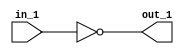
// Modelling a Inverter

module top_module (in_1, out_1);

    input in_1;
    output out_1;

    assign out_1 = ~in_1;

endmodule